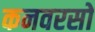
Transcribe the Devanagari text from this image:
कनवरसो